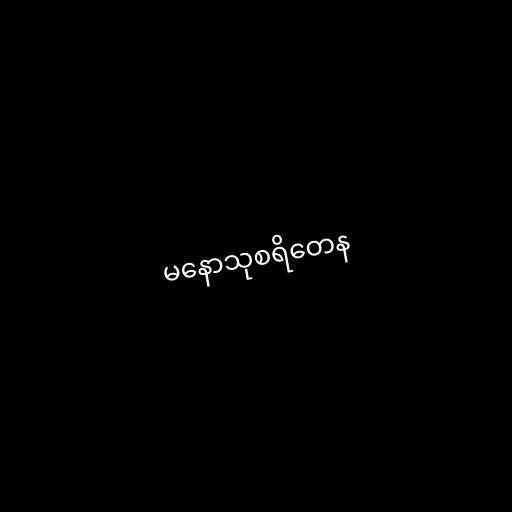
မနောသုစရိတေန